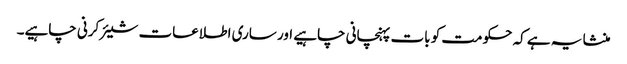
منشا یہ ہے کہ حکومت کو بات پہنچانی چاہیے اور ساری اطلاعات شیئر کرنی چاہیے۔